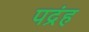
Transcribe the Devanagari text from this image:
पद्रंह